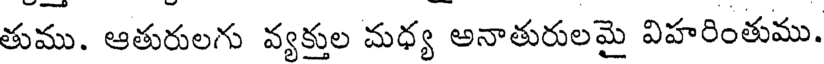
తుము. ఆతురులగు వ్యక్తుల మధ్య అనాతురులమై విహరింతుము.